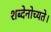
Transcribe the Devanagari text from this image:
शब्देनोच्यते।